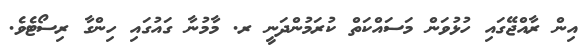
އިން ރާއްޖޭގައި ހުޅުވަން މަސައްކަތް ކުރަމުންދަނީ ރ. މާމުނާ ގައުގައި ހިންގާ ރިސޯޓެވެ.